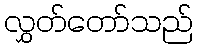
လွှတ်တော်သည်